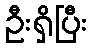
ဦးရှိပြီး